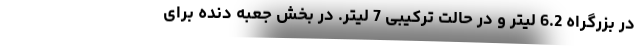
در بزرگراه 6.2 لیتر و در حالت ترکیبی 7 لیتر. در بخش جعبه دنده برای